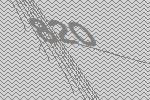
820